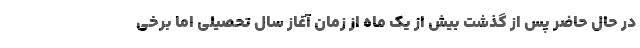
در حال حاضر پس از گذشت بیش از یک ماه از زمان آغاز سال تحصیلی اما برخی